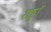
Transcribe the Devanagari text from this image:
राष्ट्रॉ